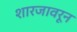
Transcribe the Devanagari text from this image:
शारजावरून